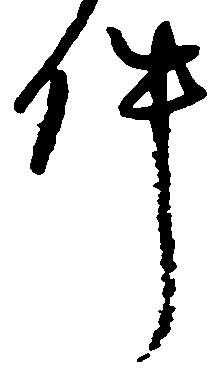
件